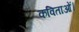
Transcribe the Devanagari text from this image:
कविताओं।